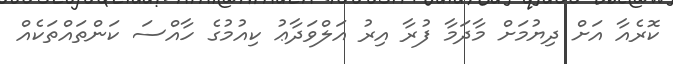
ކޮރެއާ އަށް ދިޔުމަށް މާދަމާ ފުރާ އިރު އަލްވަދާާޢު ކިއުމުގެ ހާއްސަ ކަންތައްތަކެއް